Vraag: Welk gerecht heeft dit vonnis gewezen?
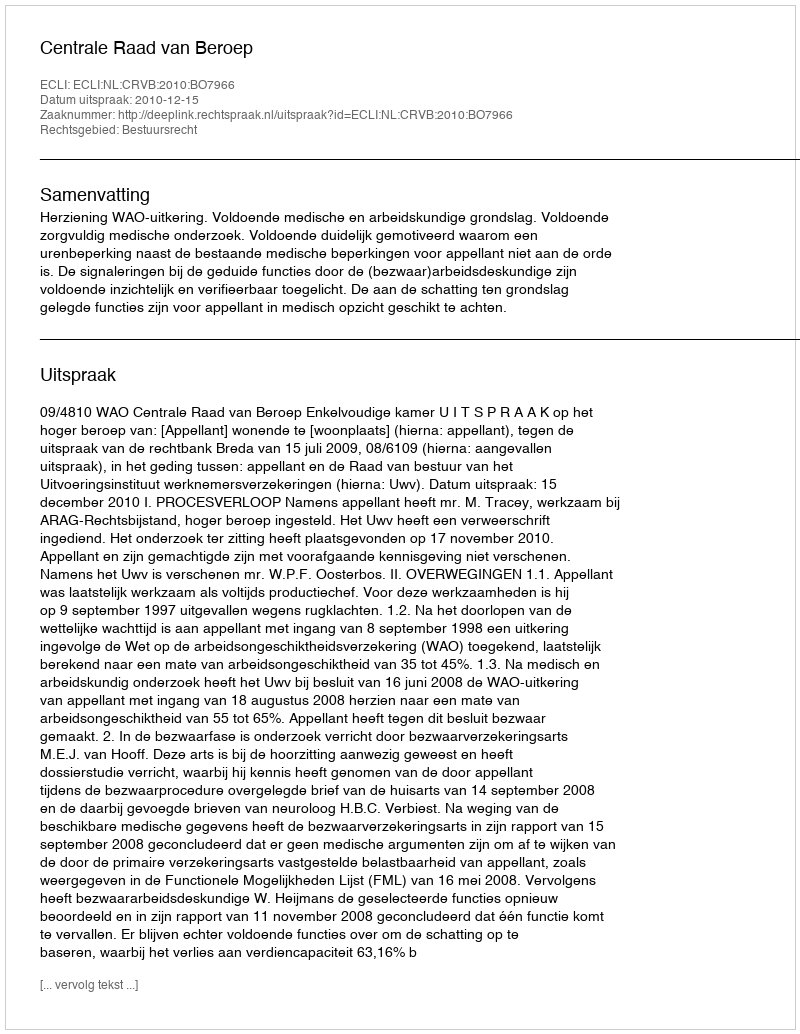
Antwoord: Centrale Raad van Beroep